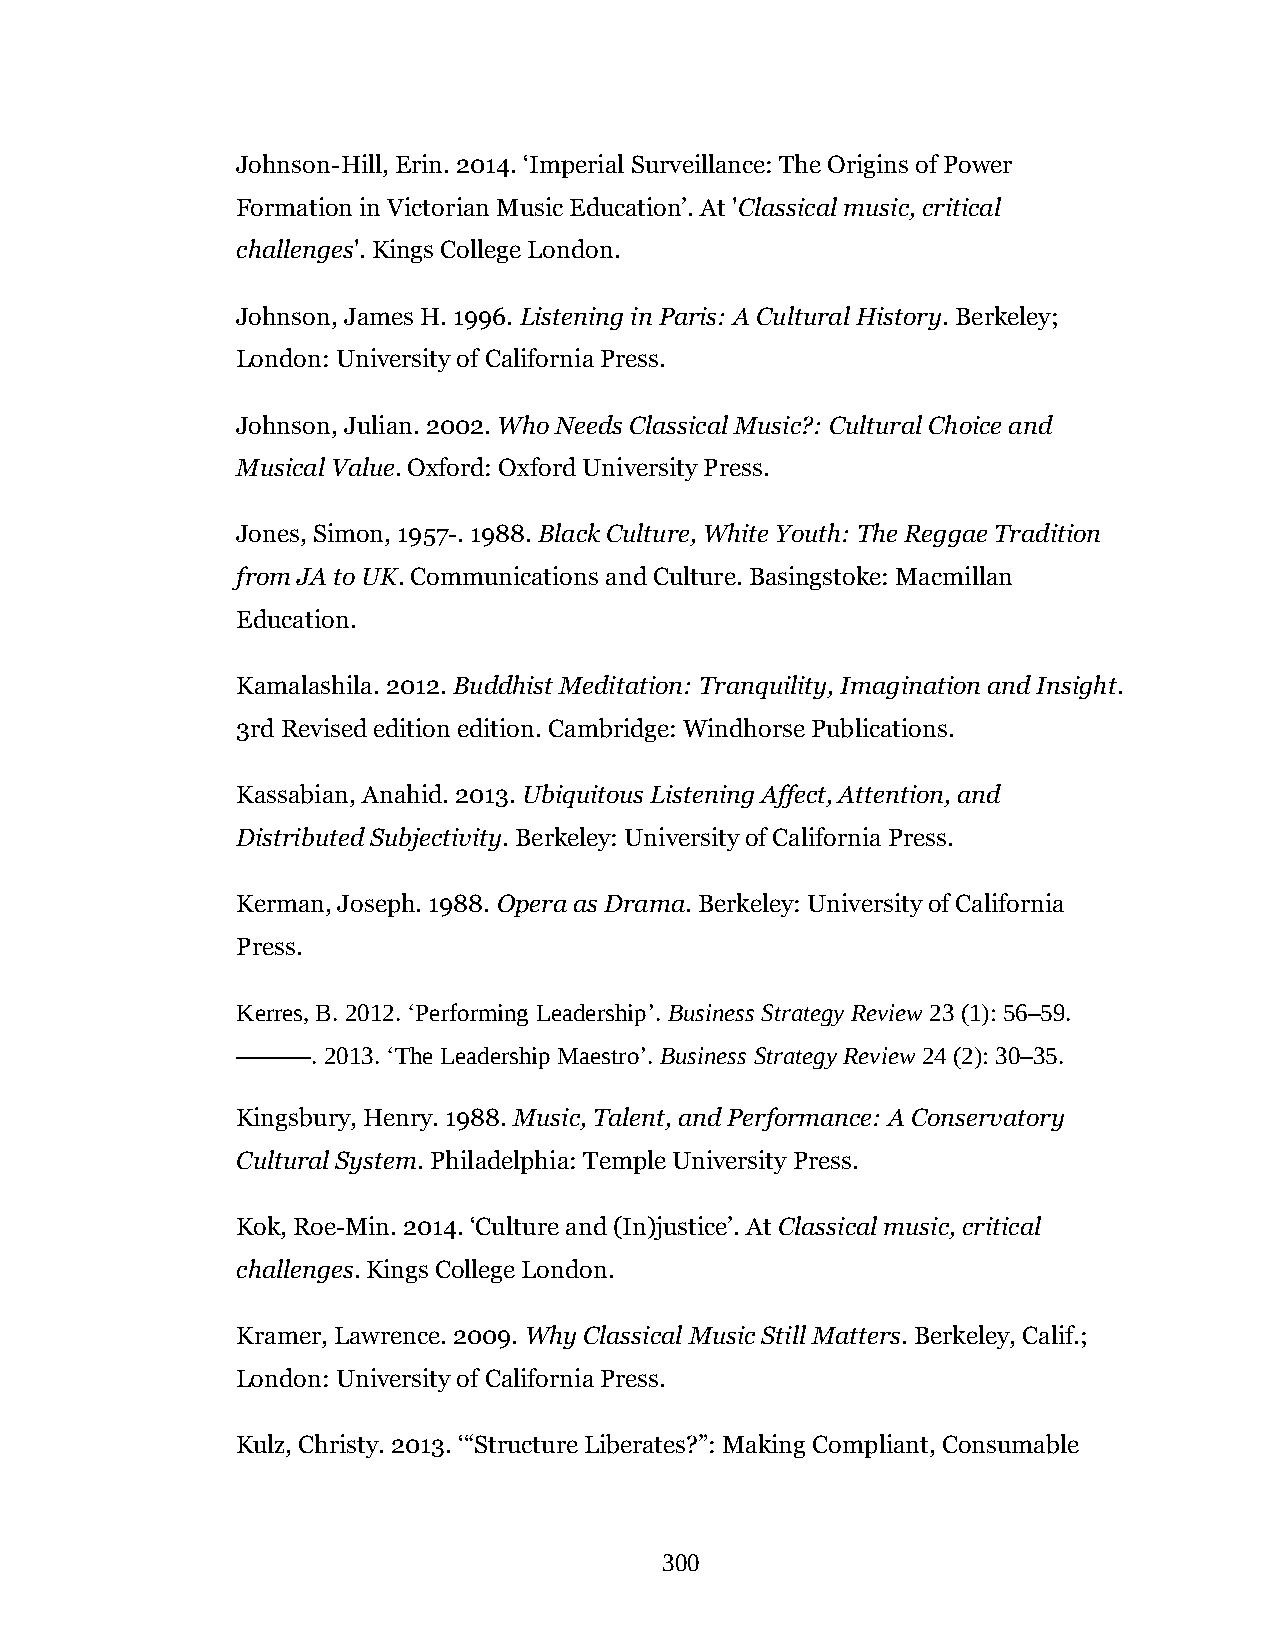
Johnson-Hill, Erin. 2014. ‘Imperial Surveillance: The Origins of Power
 Formation in Victorian Music Education’. At 'Classical music, critical
 challenges'. Kings College London.
 Johnson, James H. 1996. Listening in Paris: A Cultural History. Berkeley;
 London: University of California Press.
 Johnson, Julian. 2002. Who Needs Classical Music?: Cultural Choice and
 Musical Value. Oxford: Oxford University Press.
 Jones, Simon, 1957-. 1988. Black Culture, White Youth: The Reggae Tradition
 from JA to UK. Communications and Culture. Basingstoke: Macmillan
 Education.
 Kamalashila. 2012. Buddhist Meditation: Tranquility, Imagination and Insight.
 3rd Revised edition edition. Cambridge: Windhorse Publications.
 Kassabian, Anahid. 2013. Ubiquitous Listening Affect, Attention, and
 Distributed Subjectivity. Berkeley: University of California Press.
 Kerman, Joseph. 1988. Opera as Drama. Berkeley: University of California
 Press.
 Kerres, B. 2012. ‘Performing Leadership’. Business Strategy Review 23 (1): 56–59.
 ———. 2013. ‘The Leadership Maestro’. Business Strategy Review 24 (2): 30–35.
 Kingsbury, Henry. 1988. Music, Talent, and Performance: A Conservatory
 Cultural System. Philadelphia: Temple University Press.
 Kok, Roe-Min. 2014. ‘Culture and (In)justice’. At Classical music, critical
 challenges. Kings College London.
 Kramer, Lawrence. 2009. Why Classical Music Still Matters. Berkeley, Calif.;
 London: University of California Press.
 Kulz, Christy. 2013. ‘“Structure Liberates?”: Making Compliant, Consumable
 300